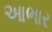
આભાર